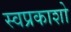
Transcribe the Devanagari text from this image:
स्वप्रकाशो